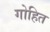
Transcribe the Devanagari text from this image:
गोहित